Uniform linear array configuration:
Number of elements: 16
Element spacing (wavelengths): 0.5
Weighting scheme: uniform
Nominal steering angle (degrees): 30
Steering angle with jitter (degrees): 30.798
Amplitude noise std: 0.05
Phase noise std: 0.05

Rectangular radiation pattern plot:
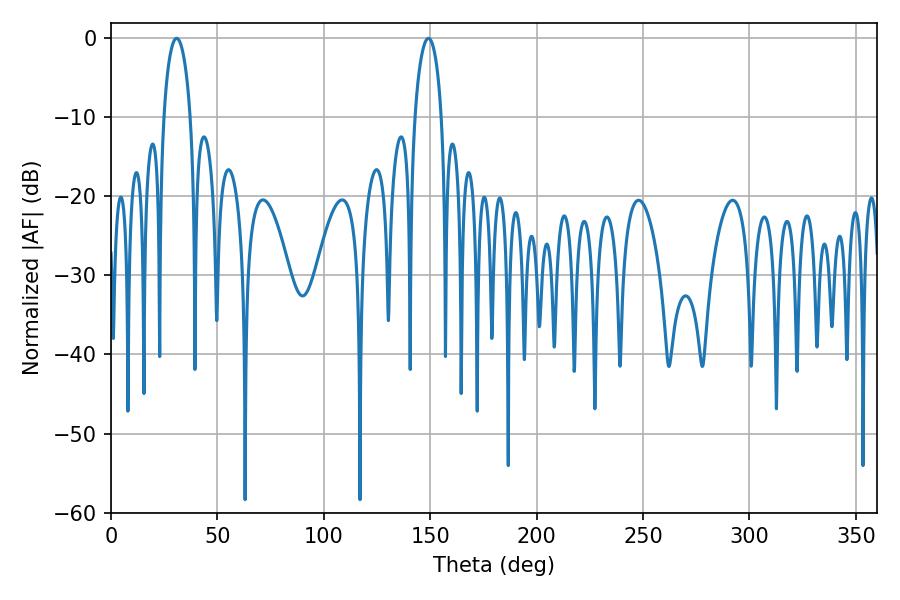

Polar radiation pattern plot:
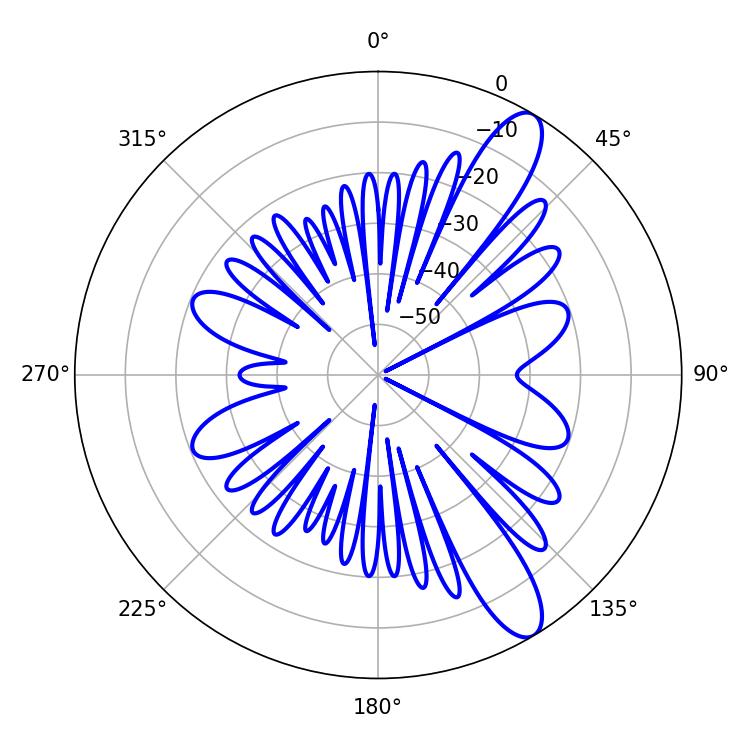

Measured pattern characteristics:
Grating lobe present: FALSE
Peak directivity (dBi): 11.36
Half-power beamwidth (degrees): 7.2
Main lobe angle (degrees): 30.78